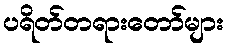
ပရိတ်တရားတော်များ